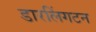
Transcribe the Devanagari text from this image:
डारलिंगटन